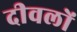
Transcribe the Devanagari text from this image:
दीवलों